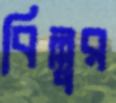
বিল্লুর